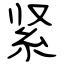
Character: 紧